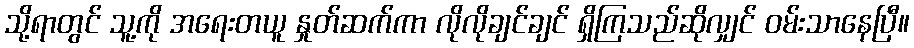
သို့ရာတွင် သူ့ကို အရေးတယူ နှုတ်ဆက်ကာ လိုလိုချင်ချင် ရှိကြသည်ဆိုလျှင် ဝမ်းသာနေပြီ။